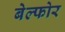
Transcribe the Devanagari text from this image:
बेल्फोर